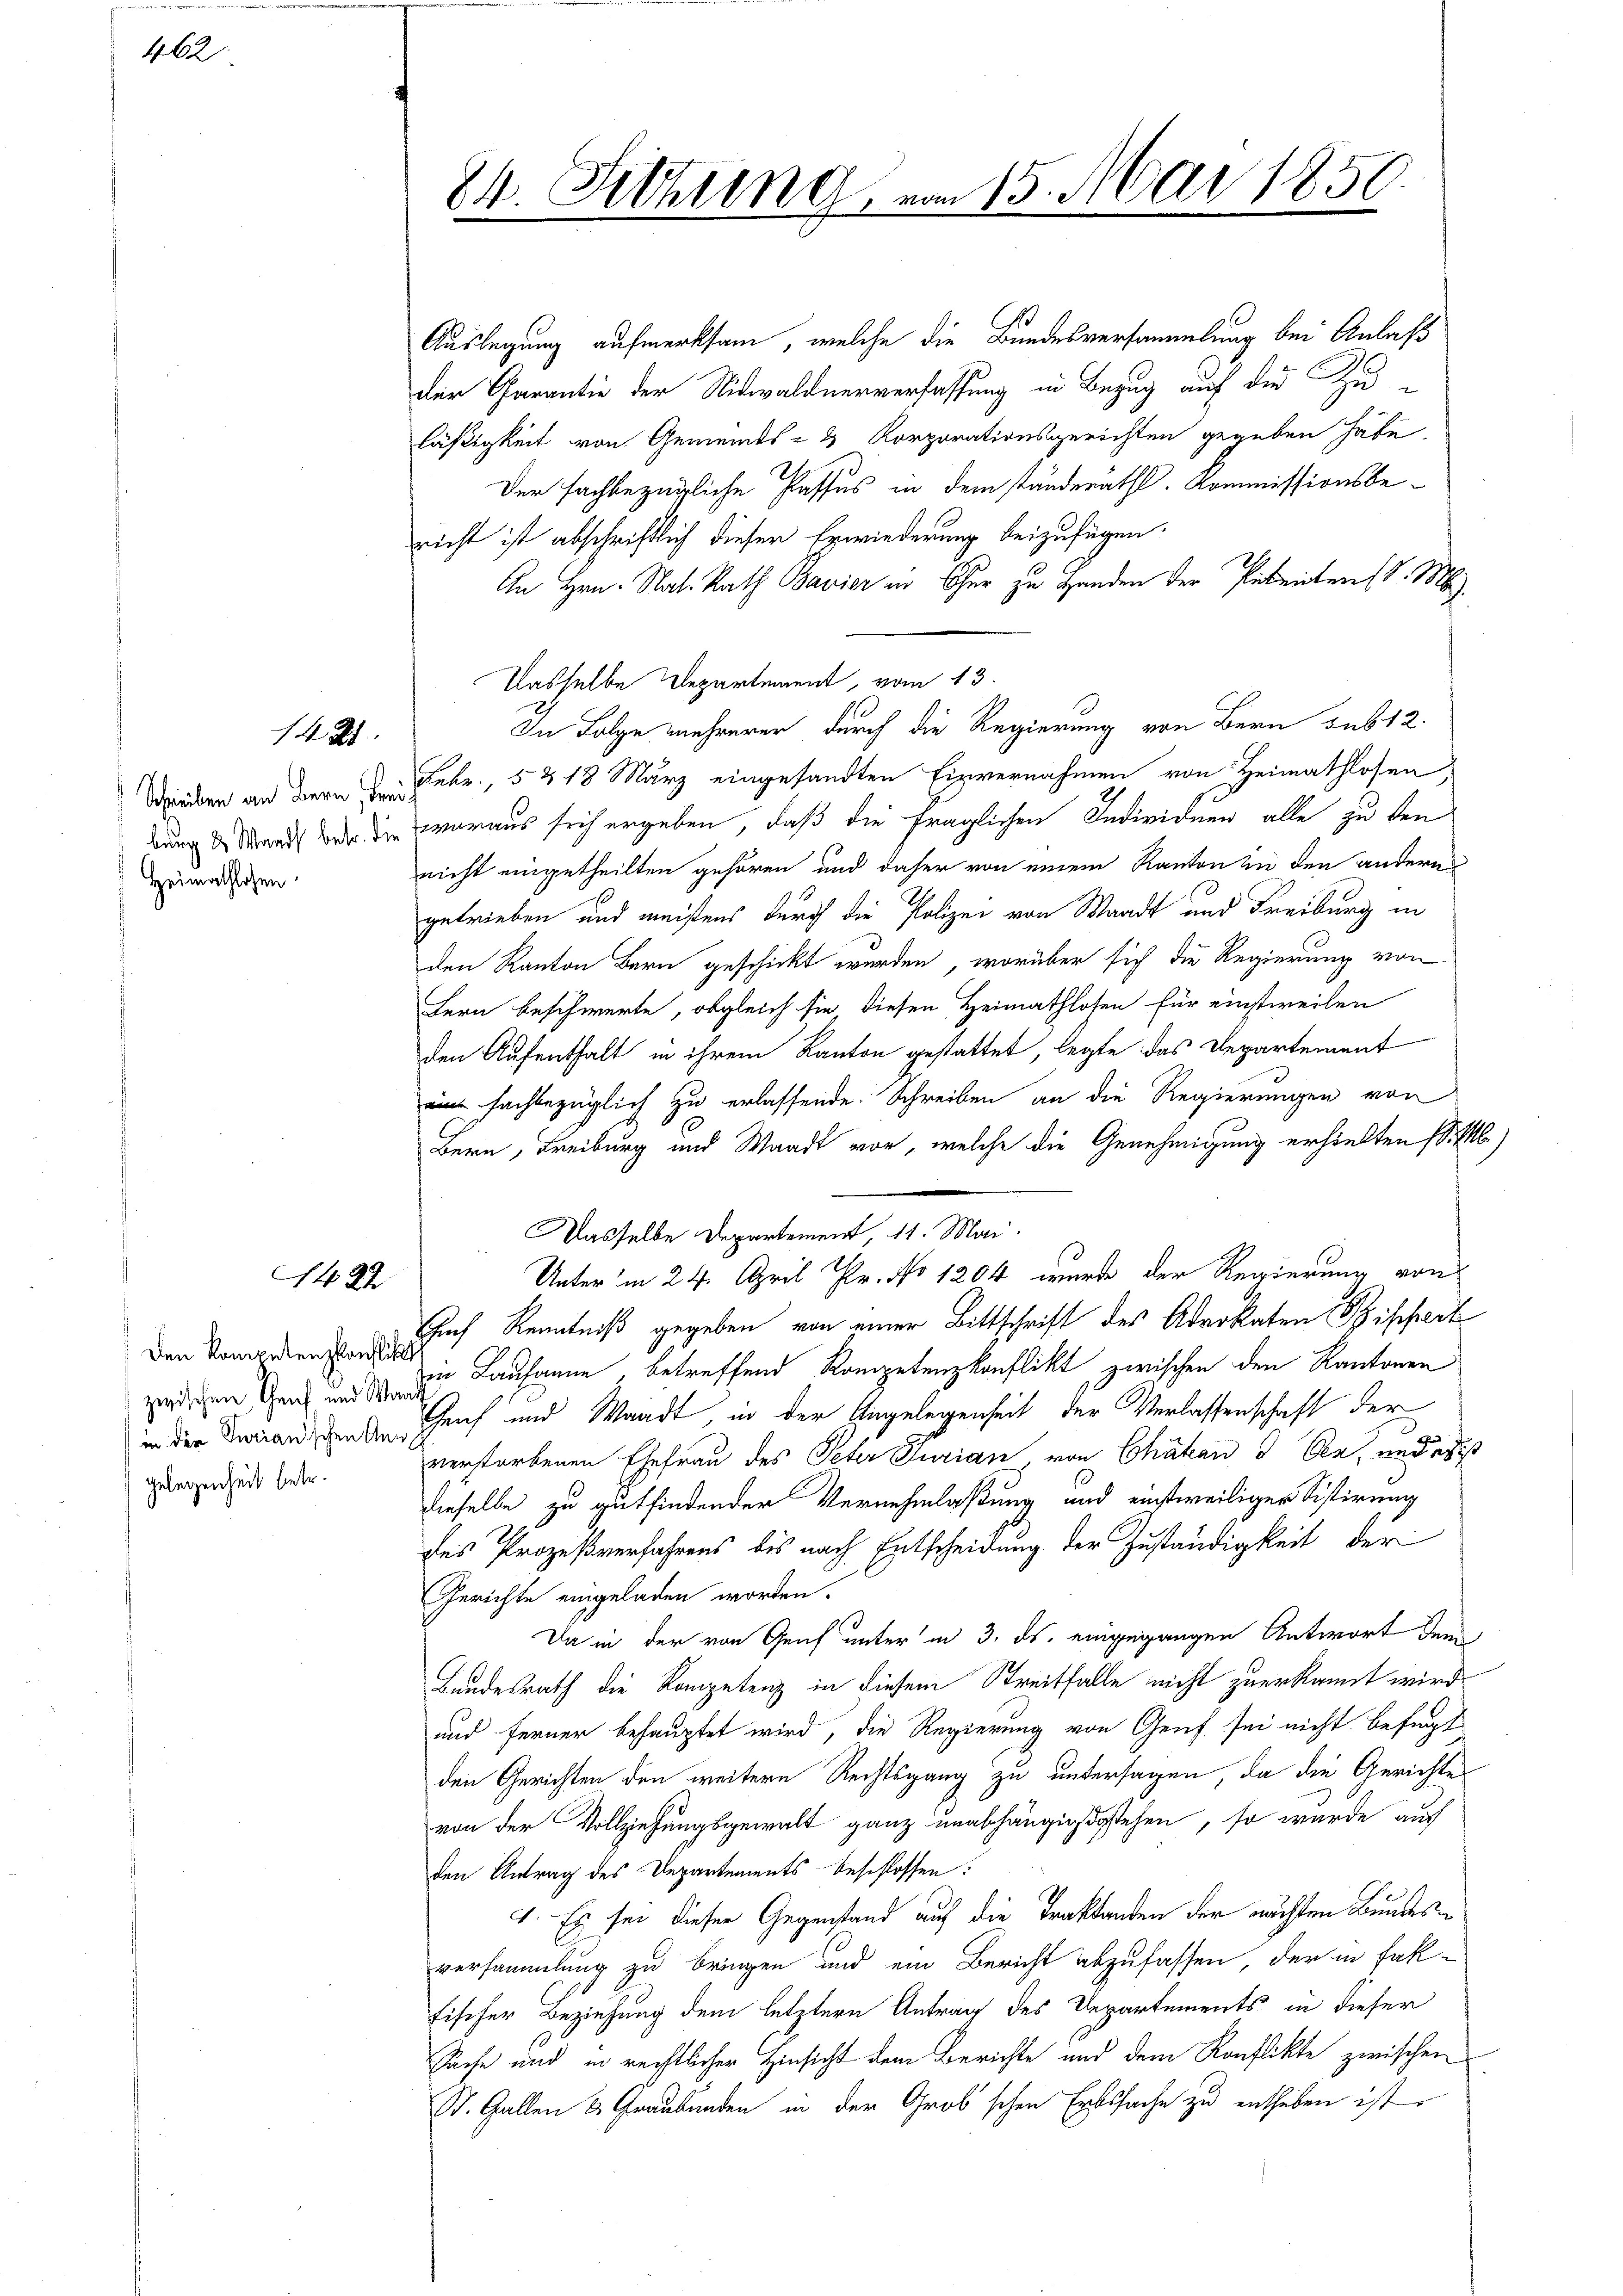
462

1425.

Auslegung aufmerksam, welche die Bundesversammlung bei Anlaß
der Garantie der Nidwaldnerverfassung in Bezug auf der Zuläßigkeit von Gemeinds- & Korporationsgerichten gegeben habe.
Der fachbezügliche Passus in dem ständerath. Kommissionsbericht ist abschriftlich dieser Erwiederung beizufügen.
An Hrn. Nat. Rath Bavier in Chur zu Handen der Petentens v. M.
Dasselbe Departement, vom 13.
In Folge mehrerer durch die Regierung von Bern sub 12.
Schreiben an Bern den Febr., 5218 März eingesandten Einvernahmen von Heimathlosen,
dung d Waadt oder die waraus sich ergeben, daß die fraglichen Individuen alle zu den
nicht eingetheilten gehören und daher von einem Kanton zu den anderen
getrieben und meistens durch die Polizei von Waadt und Freiburg in
den Kanton Bern geschickt werden, worüber sich die Regierung von
Fern beschwerte, obgleich sie diesen Heimathlosen für einstweilen
den Aufenthalt in ihrem Kanton gestattet, legte das Departement
eine sachbezüglich zu erlassende Schreiben an die Regierungen von
Bern, Freiburg und Waadt vor, welche die Genehmigung erhielten si
Dasselbe Departement, 11. Mai.
Unterm 24. April Fr. No 1204 wurde der Regierung von
such Kenntniß gegeben von einer Bittschrift des Advokaten Sippert
in Lausanne, betreffend Kompetenzkonflikt zwischen den Kantonen
in der Zwangen auf und Waadt, in der Angelegenheit der Verlassenschaft der
verstorbenen Ehefrau des Peter Jurian von Chaten 3 See, und es ist
dieselbe zu gutfindender Vernehmlaßung und einstweiliger Sistirung
des Prozeßverfahrens bis nach Entscheidung der Zuständigkeit der
Gerichte eingeladen worden.
Da in der von Genf unter in 3. ds. eingegangen Antwort dem
Bundesrath die Kompetenz in diesem Streitfalle nicht zuerkannt wird.
und ferner behauptet wird, die Regierung von Genf sei nicht befugt
den Gerichten den weitere Rechtsgang zu untersagen, da die Gerichtes
von der Vollziehungsgewalt ganz unabhängig stehen, so wurde auf
den Antrag des Departements-Beschlossen:
1. Es sei dieser Gegenstand auf die Traktanden der nächsten Bundes
versammlung zu bringen und ein Bericht abzufassen, der in Fak-
fischer Beziehung dem letztere Antrag des Departements in dieser
Sache und in rechtlicher Hinsicht dem Berichte und dem Konflikte zwischen
St. Gallen & Graubünden in der Großschen Erbssache zu entheben ist.

Heimathlosen

1424

Den Kompetenzkonflikt
zwischen Genf und Waa
gelegenheit hetr.

84. Sitzung

15. Mai 1850.